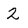
Character: 2